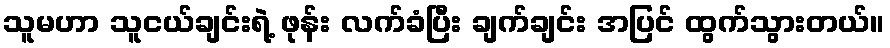
သူမဟာ သူငယ်ချင်းရဲ့ ဖုန်း လက်ခံပြီး ချက်ချင်း အပြင် ထွက်သွားတယ်။